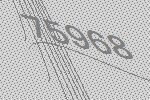
75968